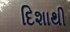
દિશાથી